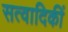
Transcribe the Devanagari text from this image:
सत्वादिकीं